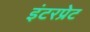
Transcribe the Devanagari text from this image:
इंटरप्रेट